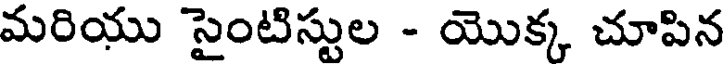
మరియు సైంటిస్టుల - యొక్క చూపిన